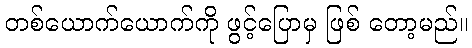
တစ်ယောက်ယောက်ကို ဖွင့်ပြောမှ ဖြစ် တော့မည်။